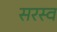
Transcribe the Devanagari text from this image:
सरस्व